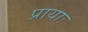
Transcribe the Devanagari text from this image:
प्रायाः